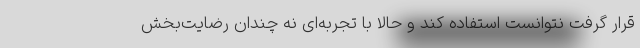
قرار گرفت نتوانست استفاده کند و حالا با تجربه‌ای نه چندان رضایت‌بخش